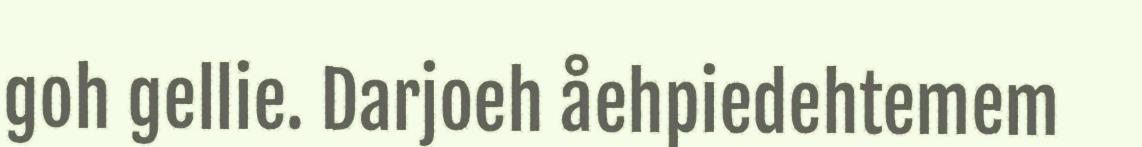
goh gellie. Darjoeh åehpiedehtemem